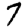
Digit: 7